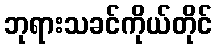
ဘုရားသခင်ကိုယ်တိုင်